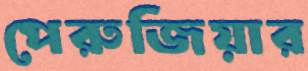
পেরুজিয়ার